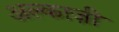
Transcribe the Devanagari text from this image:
अल्काज़ी